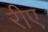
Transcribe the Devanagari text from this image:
रीए